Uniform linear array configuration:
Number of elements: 12
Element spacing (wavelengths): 0.5
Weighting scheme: blackman
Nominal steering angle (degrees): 60
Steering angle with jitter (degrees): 61.381
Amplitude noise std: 0.05
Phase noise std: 0.05

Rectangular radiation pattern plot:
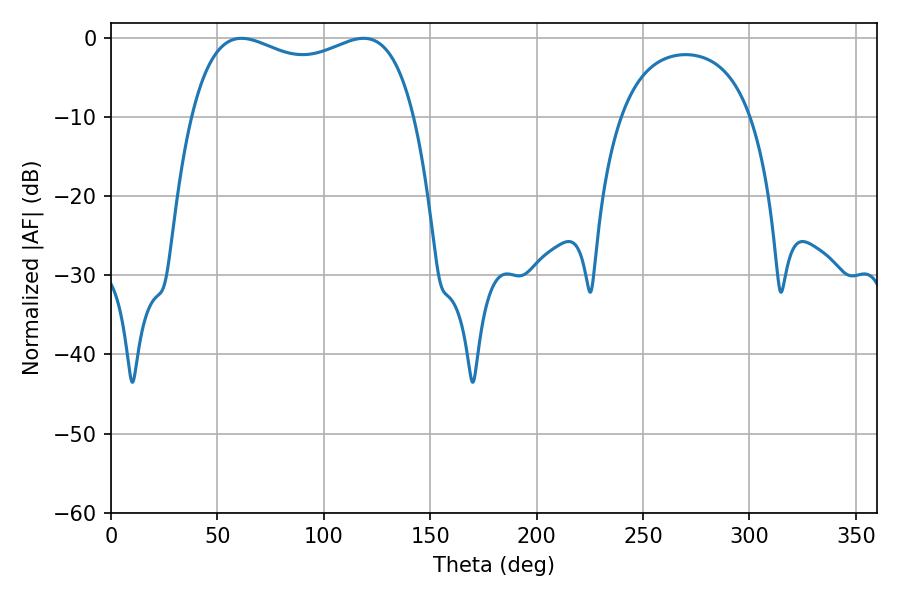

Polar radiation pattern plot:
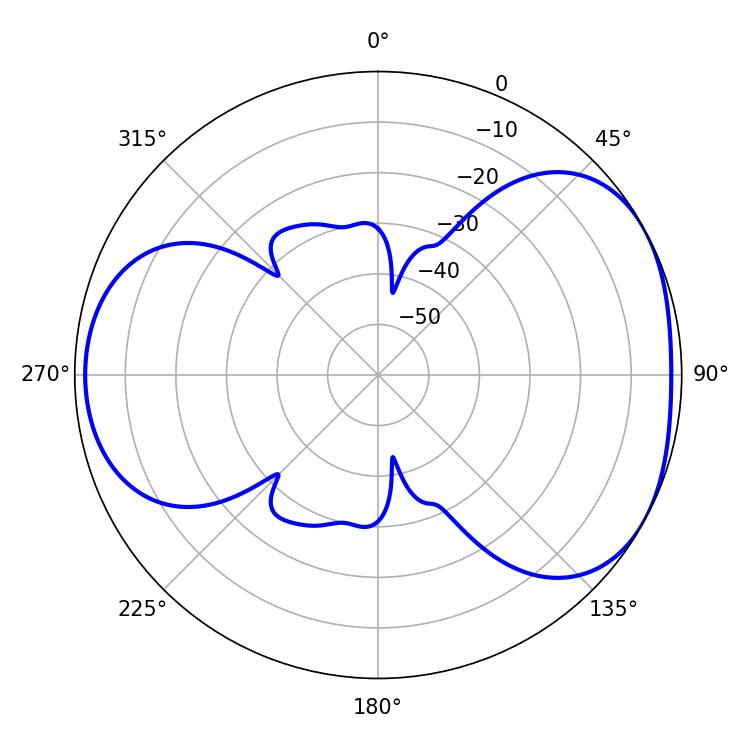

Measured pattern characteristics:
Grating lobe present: FALSE
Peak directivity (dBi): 4.448
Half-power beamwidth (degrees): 86.4
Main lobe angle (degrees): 61.38